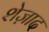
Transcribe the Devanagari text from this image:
शेज़ाद